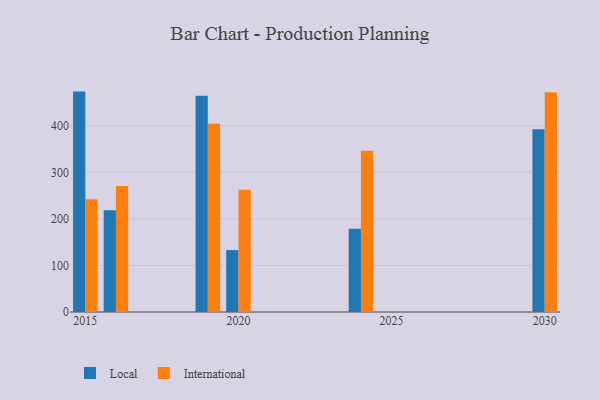
{"axis": {"x": "Year", "y": "Budget (USD K)"}, "legend": ["International", "Local"], "data": [{"x": "2019", "y": 464.4, "type": "Local"}, {"x": "2019", "y": 404.0, "type": "International"}, {"x": "2030", "y": 392.4, "type": "Local"}, {"x": "2030", "y": 471.7, "type": "International"}, {"x": "2016", "y": 218.4, "type": "Local"}, {"x": "2016", "y": 270.6, "type": "International"}, {"x": "2015", "y": 473.3, "type": "Local"}, {"x": "2015", "y": 242.0, "type": "International"}, {"x": "2024", "y": 178.8, "type": "Local"}, {"x": "2024", "y": 346.5, "type": "International"}, {"x": "2020", "y": 132.9, "type": "Local"}, {"x": "2020", "y": 262.5, "type": "International"}]}